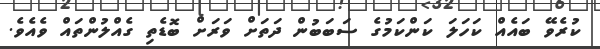
ކުރެވޭ ބައެއް ކަހަލަ ކަންކަމުގެ ސަބަބުން ދަތަށް ވަރަށް ބޮޑެތި ގެއްލުންތައް ވެއެވެ.